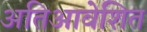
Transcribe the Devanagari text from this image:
अतिआवेशित